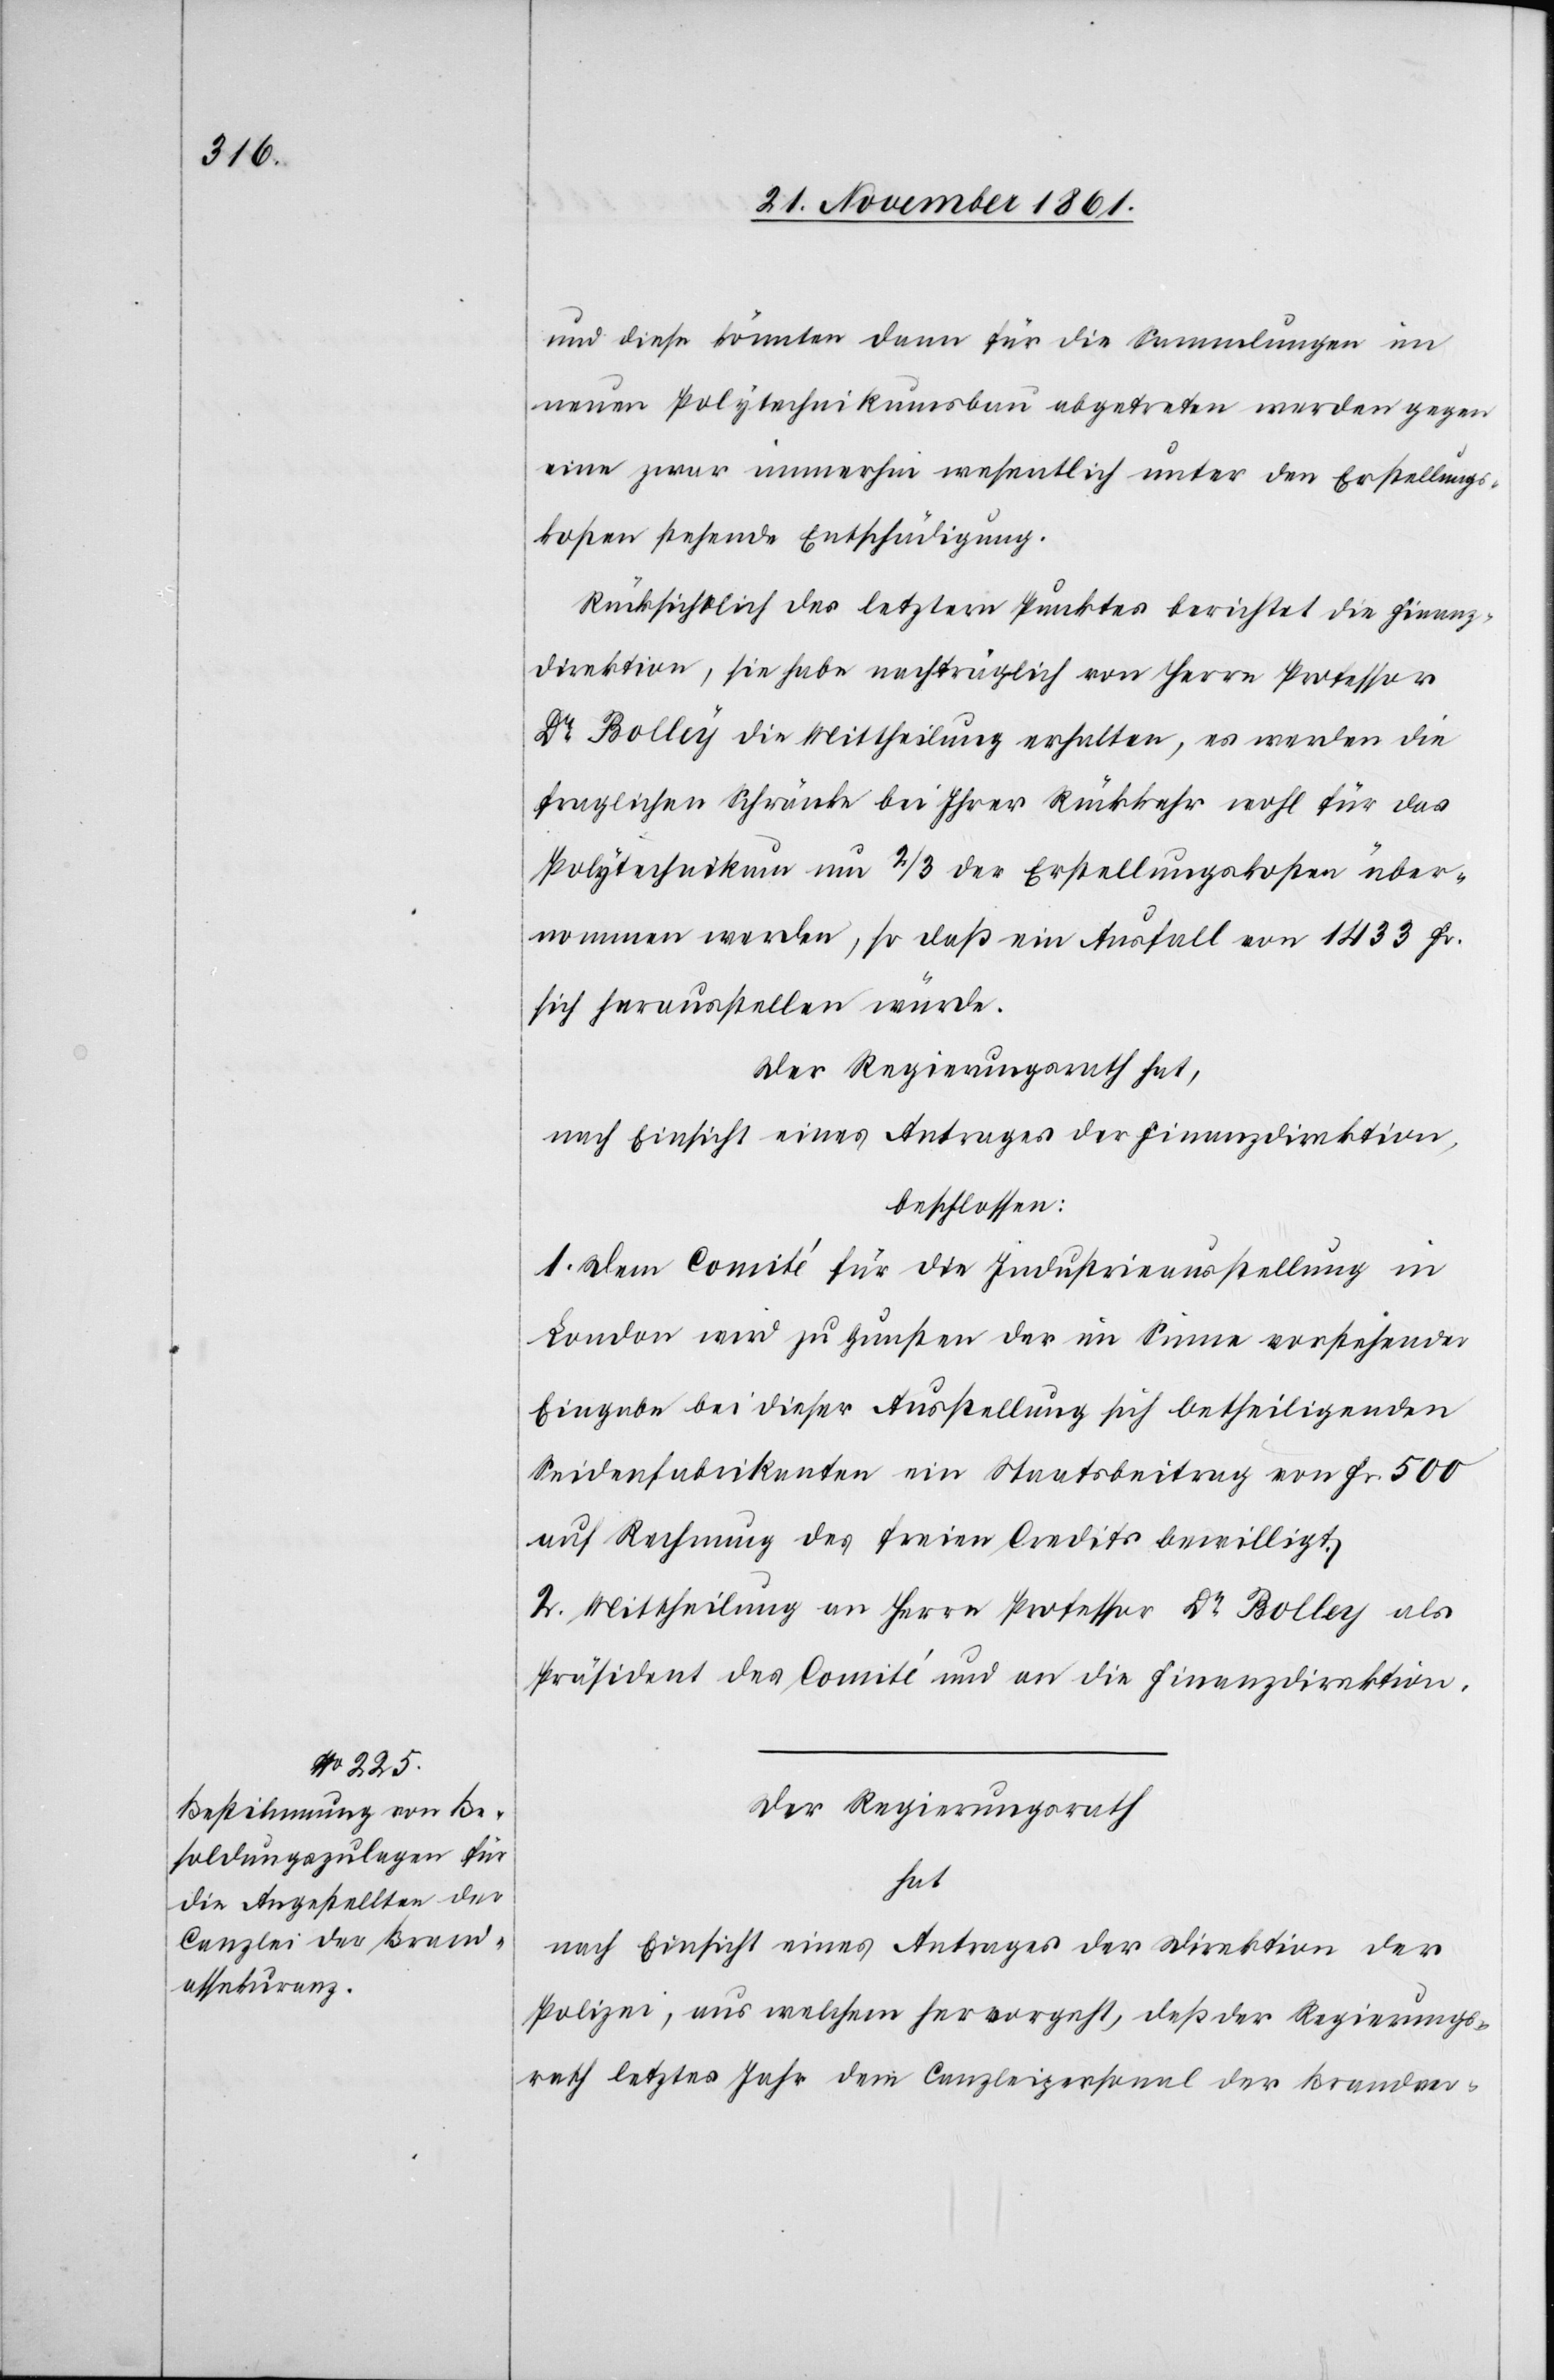
und diese könnten dann für die Sammlungen im
neuen Polytechnikumsbau abgetreten werden gegen
eine zwar immerhin wesentlich unter den Erstellungs¬
kosten stehende Entschädigung.
Rücksichtlich des letztern Punktes berichtet die Finanz¬
direktion, sie habe nachträglich von Herrn Professor
Dr Bolley die Mittheilung erhalten, es werden die
fraglichen Schränke bei Ihrer Rückkehr wohl für das
Polytechnikum um 2/3 der Erstellungskosten über¬
nommen werden, so daß ein Ausfall von 1433 Fr.
sich herausstellen würde.
Der Regierungsrath hat,
nach Einsicht eines Antrages der Finanzdirektion,
beschlossen:
1. Dem Comité für die Industrieausstellung in
London wird zu Gunsten der im Sinne vorstehender
Eingabe bei dieser Ausstellung sich betheiligenden
Seidenfabrikanten ein Staatsbeitrag von Fr. 500
auf Rechnung des freien Credits bewilligt.
2. Mittheilung an Herrn Professor Dr Bolley als
Präsident des Comité und an die Finanzdirektion.
Der Regierungsrath
hat
nach Einsicht eines Antrages der Direktion der
Polizei, aus welchem hervorgeht, daß der Regierungs¬
rath letztes Jahr dem Canzleipersonal der Brandver-